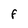
Character: F